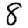
Digit: 8